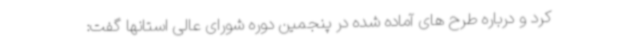
کرد و درباره طرح های آماده شده در پنجمین دوره شورای عالی استانها گفت: